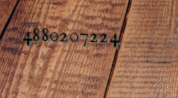
4880207224